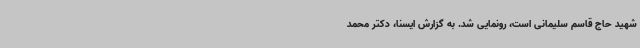
شهید حاج قاسم سلیمانی است، رونمایی شد. به گزارش ایسنا، دکتر محمد